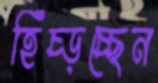
হিঁচ্‌ড়চ্ছেন